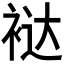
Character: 𰳻